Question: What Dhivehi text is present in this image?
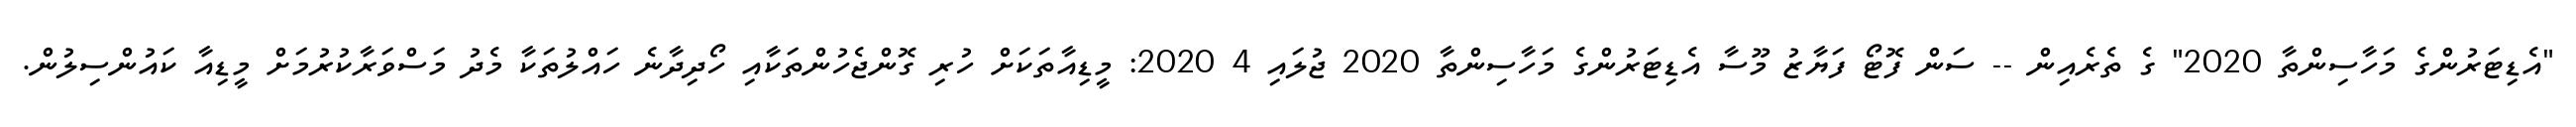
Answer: "އެޑިޓަރުންގެ މަހާސިންތާ 2020" ގެ ތެރެއިން -- ސަން ފޮޓޯ ފަޔާޒު މޫސާ އެޑިޓަރުންގެ މަހާސިންތާ 2020 ޖުލައި 4 2020: މީޑިއާތަކަށް ހުރި ގޮންޖެހުންތަކާއި ހޯދިދާނެ ހައްލުތަކާ މެދު މަސްވަރާކުރުމަށް މީޑިއާ ކައުންސިލުން.